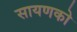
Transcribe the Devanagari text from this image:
सायणको